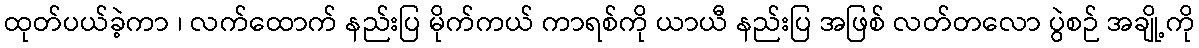
ထုတ်ပယ်ခဲ့ကာ ၊ လက်ထောက် နည်းပြ မိုက်ကယ် ကာရစ်ကို ယာယီ နည်းပြ အဖြစ် လတ်တလော ပွဲစဉ် အချို့ကို